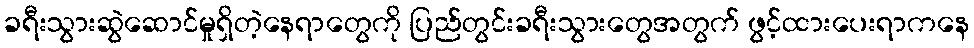
ခရီးသွားဆွဲဆောင်မှုရှိတဲ့နေရာတွေကို ပြည်တွင်းခရီးသွားတွေအတွက် ဖွင့်ထားပေးရာကနေ